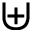
\uplus